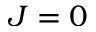
J = 0